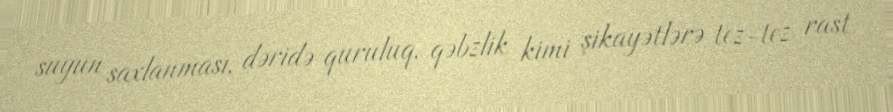
suyun saxlanması, dəridə quruluq, qəbzlik kimi şikayətlərə tez-tez rast